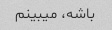
باشه، میبینم